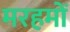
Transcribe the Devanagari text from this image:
मरहमों